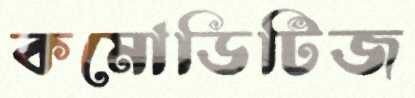
কমোডিটিজ